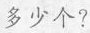
多少个?